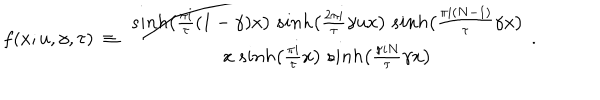
f ( x ; u , \gamma , \tau ) ~ \equiv ~ { \frac { s i n h \big ( { \frac { \pi i } { \tau } } ( 1 - \gamma ) x \big ) ~ s i n h \big ( { \frac { 2 \pi i } { \tau } } \gamma u x \big ) ~ s i n h \big ( { \frac { \pi i ( N - 1 ) } { \tau } } \gamma x \big ) } { x ~ s i n h \big ( { \frac { \pi i } { \tau } } x \big ) ~ s i n h \big ( { \frac { \pi i N } { \tau } } \gamma x \big ) } } \ .